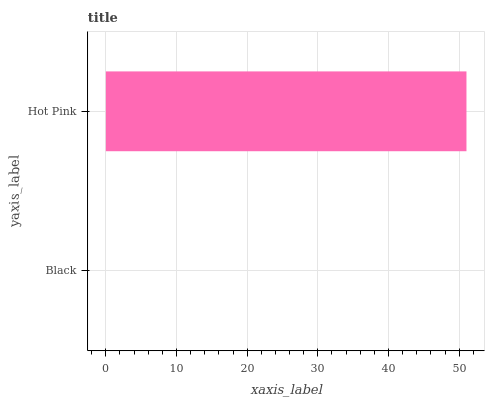
| yaxis_label | bars |
 | --- | --- |
 | Black | 0 |
 | Hot Pink | 51 |